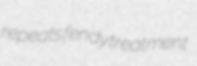
repeats fendy treatment